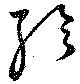
聆